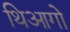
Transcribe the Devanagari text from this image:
थिआगो